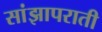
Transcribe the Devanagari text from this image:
सांझापराती